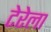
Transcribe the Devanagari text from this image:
टेरेला